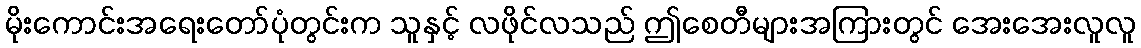
မိုးကောင်းအရေးတော်ပုံတွင်းက သူနှင့် လဖိုင်လသည် ဤစေတီများအကြားတွင် အေးအေးလူလူ